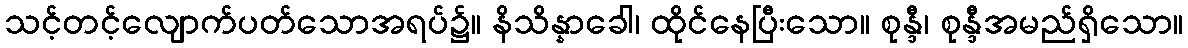
သင့်တင့်လျောက်ပတ်သောအရပ်၌။ နိသိန္နာခေါ၊ ထိုင်နေပြီးသော။ စုန္ဒီ၊ စုန္ဒီအမည်ရှိသော။